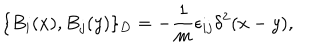
\{ B _ { i } ( x ) , B _ { j } ( y ) \} _ { D } = - \frac { 1 } { m } \epsilon _ { i j } \delta ^ { 2 } ( x - y ) ,